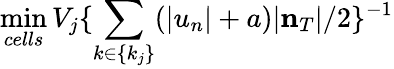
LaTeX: \operatorname*{min}_{cells}V_{j}\{ \sum_{k\in\{ k_{j}\} }(|u_{n}|+a)|{\mathbf n}_{T}|/2\} ^{-1}